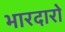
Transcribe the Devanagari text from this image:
भारदारो